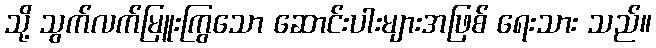
သို့ သွက်လက်မြူးကြွသော ဆောင်းပါးများအဖြစ် ရေးသား သည်။